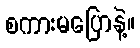
စကားမပြောနဲ့။